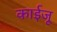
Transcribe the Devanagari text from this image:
काईजू